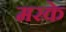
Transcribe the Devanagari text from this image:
मरके